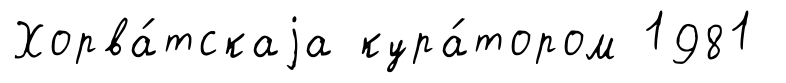
Хорва́тскаjа кура́тором 1981